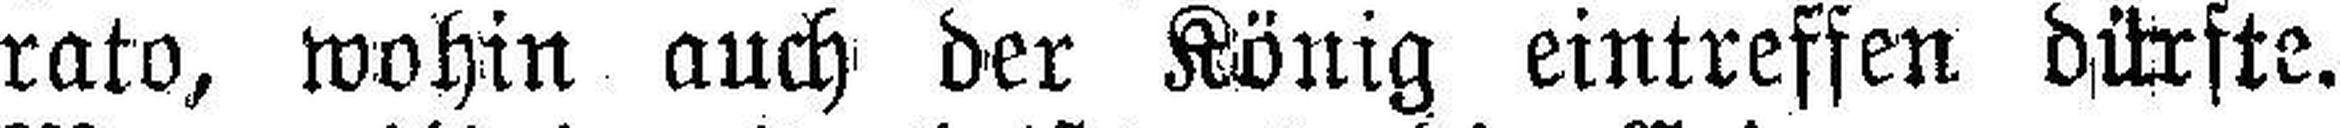
rato, wohin auch der König eintreffen dürfte.